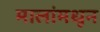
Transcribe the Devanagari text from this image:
मालांमधून